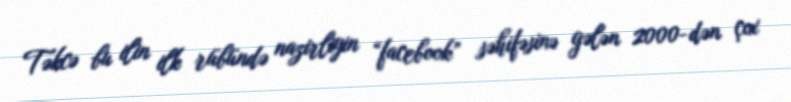
Təkcə bu ilin ilk rübündə nazirliyin “facebook” səhifəsinə gələn 2000-dən çox